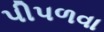
પીપળવા